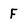
Character: F